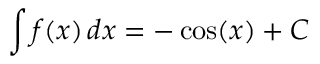
\int f ( x ) \, d x = - \cos ( x ) + C